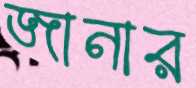
জানার